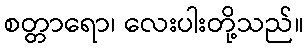
စတ္တာရော၊ လေးပါးတို့သည်။